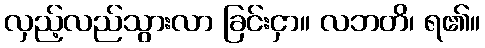
လှည့်လည်သွားလာ ခြင်းငှာ။ လဘတိ၊ ရ၏။